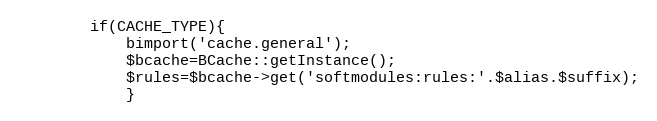
Language: PHP
		if(CACHE_TYPE){
			bimport('cache.general');
			$bcache=BCache::getInstance();
			$rules=$bcache->get('softmodules:rules:'.$alias.$suffix);
			}